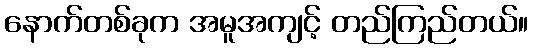
နောက်တစ်ခုက အမူအကျင့် တည်ကြည်တယ်။